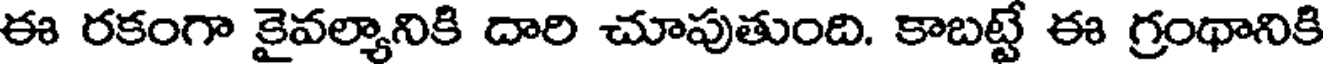
ఈ రకంగా కైవల్యానికి దారి చూపుతుంది. కాబట్టే ఈ గ్రంథానికి